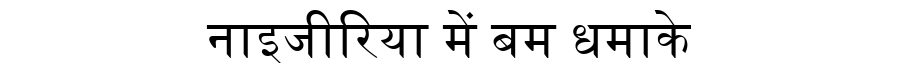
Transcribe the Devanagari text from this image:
नाइजीरिया में बम धमाके